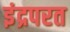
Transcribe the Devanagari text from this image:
इंद्रपरत